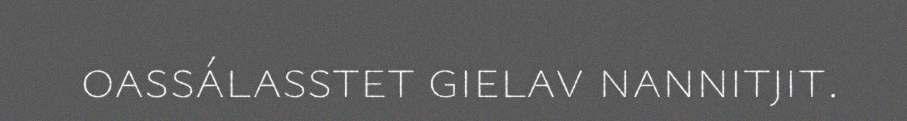
oassálasstet gielav nannitjit.